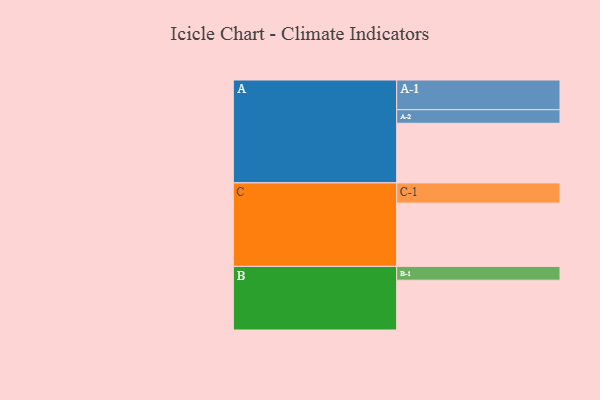
{"axis": {"x": "Segment", "y": "Value"}, "legend": ["", "A", "B", "C"], "data": [{"x": "A", "y": 554, "type": ""}, {"x": "B", "y": 463, "type": ""}, {"x": "C", "y": 588, "type": ""}, {"x": "A-1", "y": 276, "type": "A"}, {"x": "A-2", "y": 126, "type": "A"}, {"x": "B-1", "y": 128, "type": "B"}, {"x": "C-1", "y": 188, "type": "C"}]}